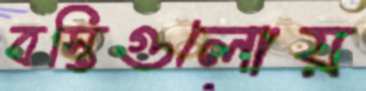
বস্তিগুলোয়